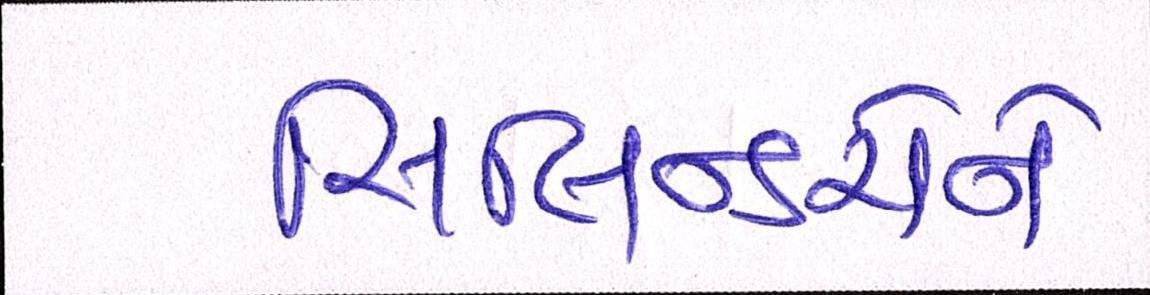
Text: સિલિન્ડરોને